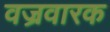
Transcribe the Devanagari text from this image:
वज्रवारक